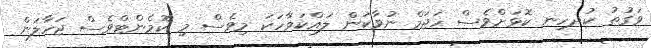
ވަގުތު ކުދހިނ ކޮޅަށްވެސް ހަޖަމް ނުވާކަން ލައްކަވާހަކަ މިވެސް މި ކޮމެންޓްވެސް ޖަހާލަން